Scientific memoirs by medical officers of the Army of India - Part V,
Year: 1890
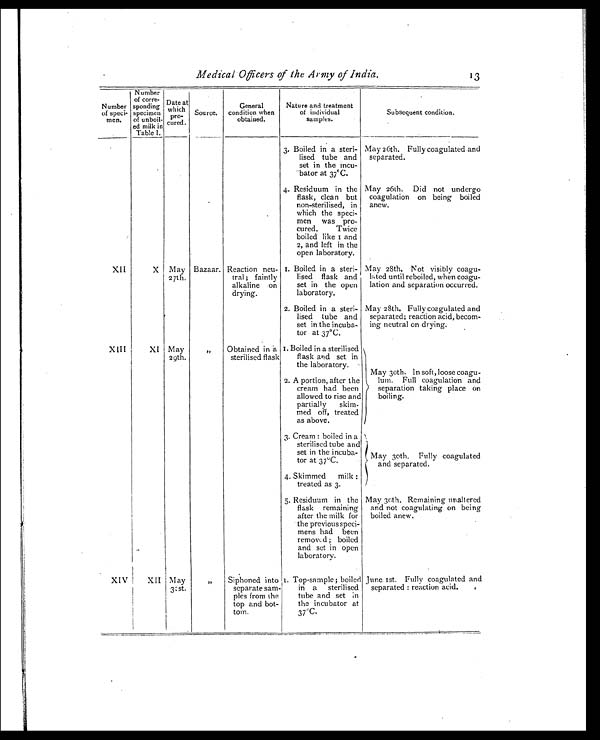
Medical Officers of the Army of India.
13
Number
of speci-
men.
Number
of corre-
sponding
specimen
of unboil-
ed milk in
Table I.
Date at
which pro-
cured.
Source.
General
condition when
obtained.
Nature and treatment
of individual
samples.
Subsequent condition.
3. Boiled in a steri-
lised tube and
set in the incu-
bator at 37ºC.
May 26th. Fully coagulated and
separated.
4. Residuum in the
flask, clean but
non-sterilised, in
which the speci-
men was pro-
cured. Twice
boiled like I and
2, and left in the
open laboratory.
May 26th. Did not undergo
coagulation on being boiled
anew.
XII
X May
27th.
Bazaar. Reaction neu-
tral ; faintly
alkaline on
drying.
I. Boiled in a steri-
lised flask and
set in the open
laboratory.
May 28th. Not visibly coagu-
lated until reboiled, when coagu-
lation and separation occurred.
2. Boiled in a steri-
lised tube and
set in the incuba-
tor at 37°C.
May 28th. Fully coagulated and
separated; reaction acid, becom-
ing neutral on drying.
XIII
XI May
29th.
, ,
Obtained in a
sterilised flask
I. Boiled in a sterilised
flask and set in
the laboratory.
May 30th. In soft, loose coagu-
lum. Full coagulation and
separation taking place on
boiling.
2. A portion, after the
cream had been
allowed to rise and
partially skim-
med off, treated
as above.
3. Cream : boiled in a
sterilised tube and
set in the incuba-
tor at 37ºC.
May 30th. Fully coagulated
and separated.
4. Skimmed milk :
treated as 3.
5. Residuum in the
flask remaining
after the milk for
the previous speci-
mens had been
removed; boiled
and set in open
laboratory.
May 30th. Remaining unaltered
and not coagulating on being
boiled anew.
XIV
XII May
31st
, ,
Siphoned into
separate sam-
ples from the
top and bot-
tom.
1. Top-sample ; boiled
in a sterilised
tube and set in
the incubator at
37ºC.
June 1st. Fully coagulated and
separated : reaction acid.